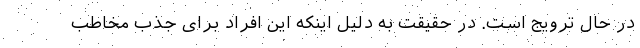
در حال ترویج است. در حقیقت به دلیل اینکه این افراد برای جذب مخاطب